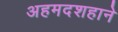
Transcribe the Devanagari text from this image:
अहमदशहाने